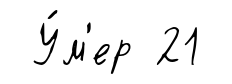
У́м'ер 21